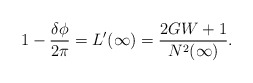
\begin{align*}1-\frac{\delta\phi}{2\pi}=L'(\infty) =\frac{2GW+1}{N^2(\infty)} .\end{align*}